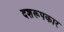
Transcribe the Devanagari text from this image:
दशरूपकार